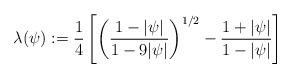
LaTeX: \begin{align*}\lambda(\psi) := \frac14 \left[ \left(\frac{1-|\psi|}{1-9|\psi|}\right)^{1/2} - \frac{1+|\psi|}{1-|\psi|}\right]\end{align*}